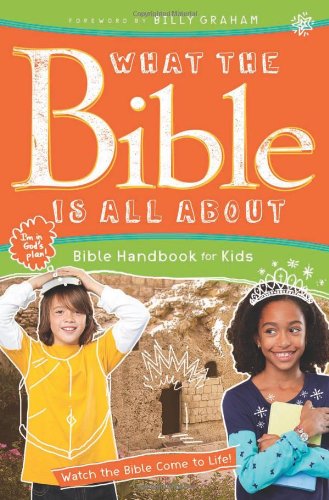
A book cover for What the Bible Is All About Handbook for Kids: Bible Handbook for Kids; Henrietta C. Mears; Christian Books & Bibles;